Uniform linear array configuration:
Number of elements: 8
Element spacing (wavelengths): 1
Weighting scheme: hann
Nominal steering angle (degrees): -45
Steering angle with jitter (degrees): -43.41
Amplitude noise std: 0.05
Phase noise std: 0.05

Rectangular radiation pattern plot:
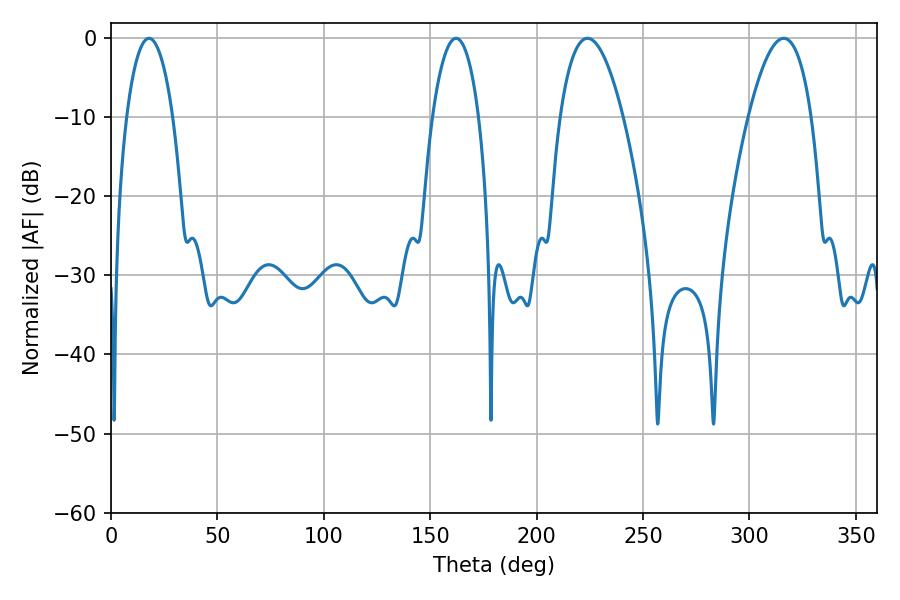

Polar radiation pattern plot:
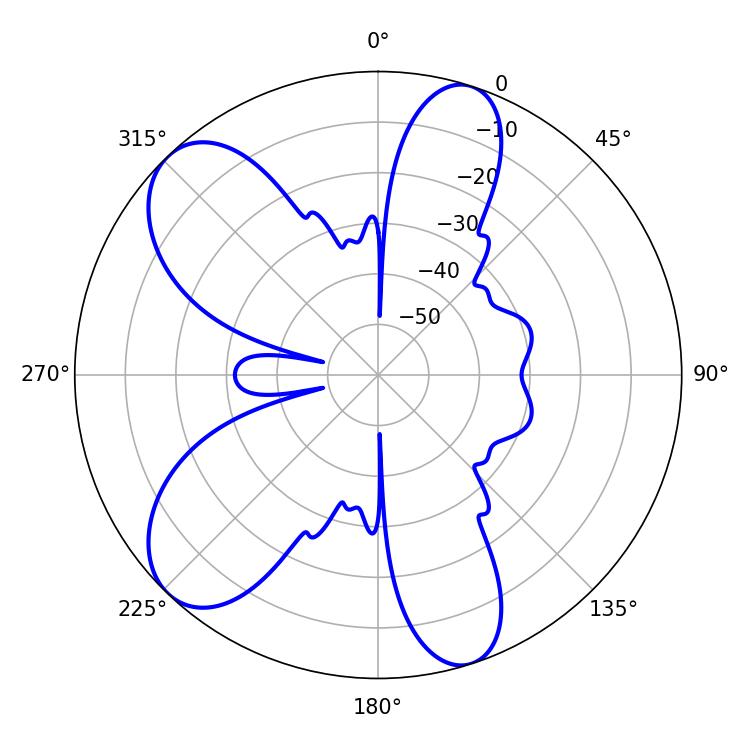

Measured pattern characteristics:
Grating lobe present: TRUE
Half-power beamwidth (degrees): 16.38
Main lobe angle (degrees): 223.92